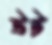
উট